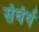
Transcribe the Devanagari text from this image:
संघंर्ष